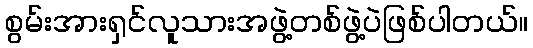
စွမ်းအားရှင်လူသားအဖွဲ့တစ်ဖွဲ့ပဲဖြစ်ပါတယ်။